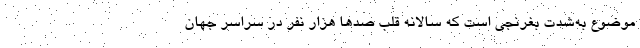
موضوع به‌شدت بغرنجی است که سالانه قلب صدها هزار نفر در سراسر جهان